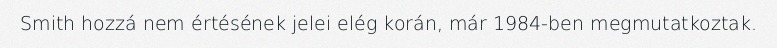
Smith hozzá nem értésének jelei elég korán, már 1984-ben megmutatkoztak.